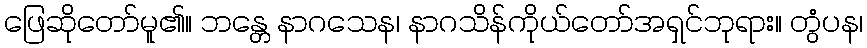
ဖြေဆိုတော်မူ၏။ ဘန္တေ နာဂသေန၊ နာဂသိန်ကိုယ်တော်အရှင်ဘုရား။ တွံပန၊